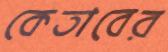
কেতাবের